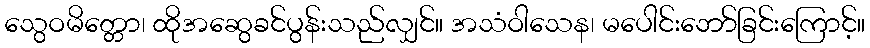
သွေဝမိတ္တော၊ ထိုအဆွေခင်ပွန်းသည်လျှင်။ အသံဝါသေန၊ မပေါင်းဘော်ခြင်းကြောင့်။